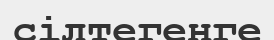
сілтегенге